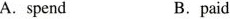
A.spend B.paid